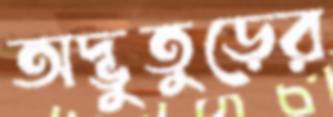
অদ্ভুতুড়ের